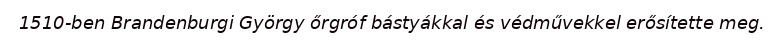
1510-ben Brandenburgi György őrgróf bástyákkal és védművekkel erősítette meg.